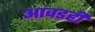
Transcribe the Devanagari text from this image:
आवडही